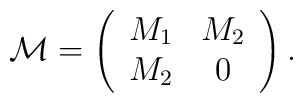
{\cal M}=\left( \begin{array}{cc}M_1 & M_2 \\M_2 & 0 \end{array} \right).